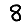
Digit: 8